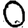
Digit: 0